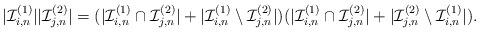
LaTeX: \begin{align*}|\mathcal{I}_{i,n}^{(1)} ||\mathcal{I}_{j,n}^{(2)} |=(|\mathcal{I}_{i,n}^{(1)}\cap\mathcal{I}_{j,n}^{(2)}|+|\mathcal{I}_{i,n}^{(1)}\setminus \mathcal{I}_{j,n}^{(2)}|)(|\mathcal{I}_{i,n}^{(1)}\cap\mathcal{I}_{j,n}^{(2)}|+|\mathcal{I}_{j,n}^{(2)}\setminus \mathcal{I}_{i,n}^{(1)}|).\end{align*}